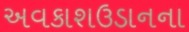
અવકાશઉડાનના